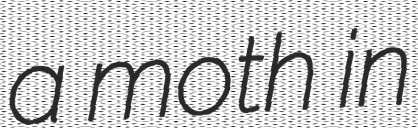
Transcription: a moth in